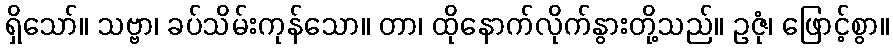
ရှိသော်။ သဗ္ဗာ၊ ခပ်သိမ်းကုန်သော။ တာ၊ ထိုနောက်လိုက်နွားတို့သည်။ ဥဇုံ၊ ဖြောင့်စွာ။